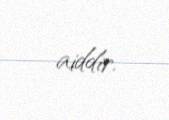
aiddir.